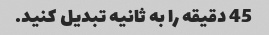
45 دقیقه را به ثانیه تبدیل کنید.